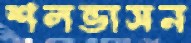
শলভাসন